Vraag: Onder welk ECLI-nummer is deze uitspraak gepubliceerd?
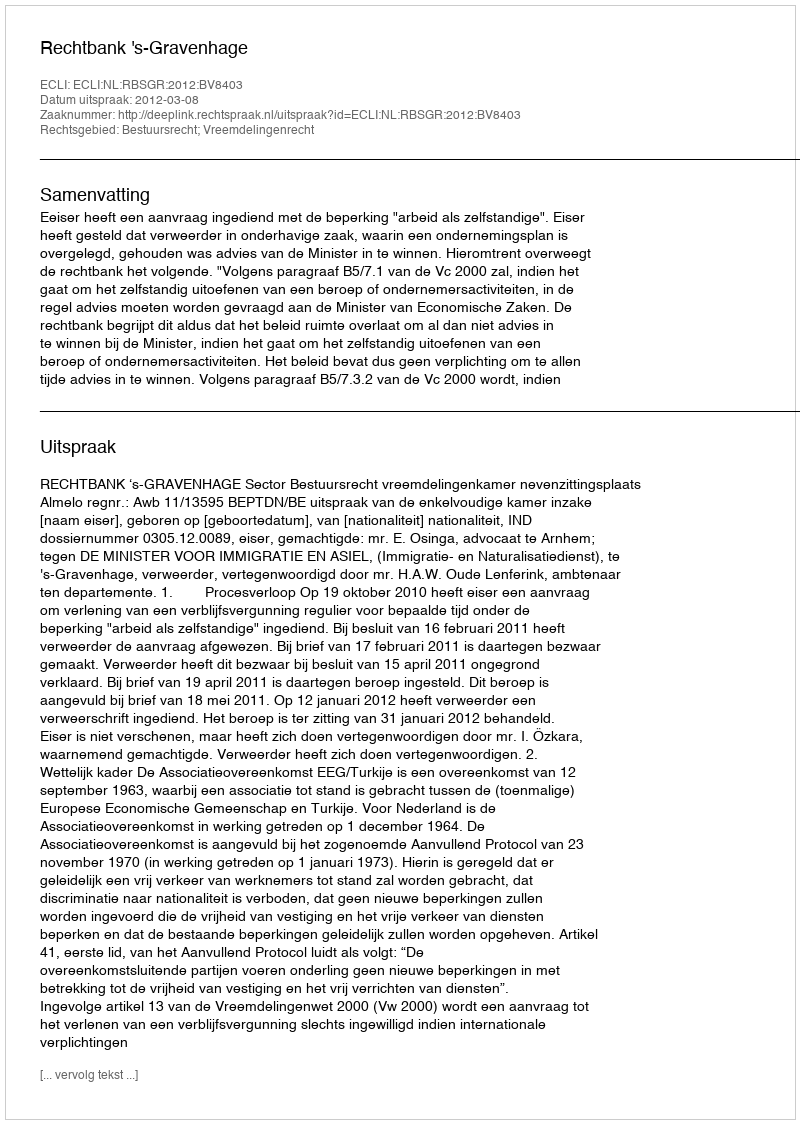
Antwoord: ECLI:NL:RBSGR:2012:BV8403